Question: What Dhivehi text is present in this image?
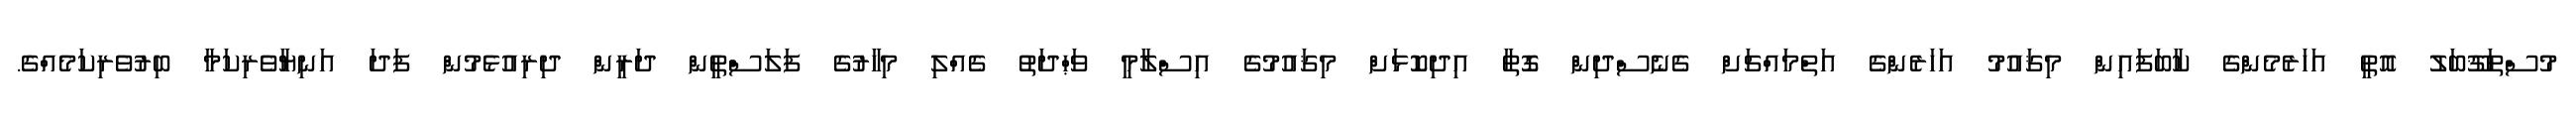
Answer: މުސްތަޤޫބަލު އޮތީ އަހަރެމެންގެ ކާބަފައިން މިޤައުމު އަހަރެންގެ އަތްމައްޗަށް ގެނެސްދިން ގޮތާ އިދިކޮޅަށް މިޤައުމުގެ އިސްލާމީ ވަޙްދަތު ގެއްލި މިހާރުގެ ފަލަސްްޠީން ދަރީން ދިރިއުޅެމުން ފަދަ އަނިޔާވެރިކަމާ ބިރުވެރިކަމެއްގެ.